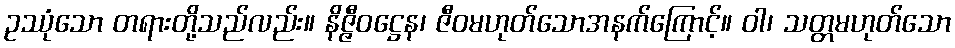
ဥဿုံသော တရားတို့သည်လည်း။ နိဇ္ဇီဝဋ္ဌေန၊ ဇီဝမဟုတ်သောအနက်ကြောင့်။ ဝါ၊ သတ္တမဟုတ်သော